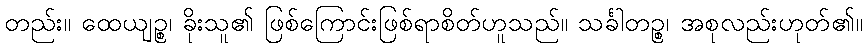
တည်း။ ထေယျဉ္စ၊ ခိုးသူ၏ ဖြစ်ကြောင်းဖြစ်ရာစိတ်ဟူသည်။ သင်္ခါတဉ္စ၊ အစုလည်းဟုတ်၏။